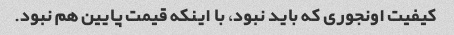
کیفیت اونجوری که باید نبود، با اینکه قیمت پایین هم نبود.